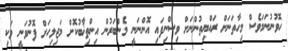
ހޮވުނުނަމަވެސް މިހާތަނަށް ރައްޔިތުންނަށް ވިސްނިފައި އޮންނަނީ މެންބަރުން އިންތިޚާބުކޮށް މަޖިލިހަށް ފޮނުވަނީ ވަކި